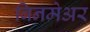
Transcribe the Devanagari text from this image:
बिनमेअर